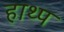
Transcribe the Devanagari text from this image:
हाथ्प